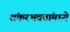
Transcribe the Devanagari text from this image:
शंकरभक्तांमध्ये